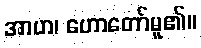
အာဟ၊ ဟောတော်မူ၏။